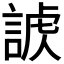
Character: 𧩐